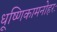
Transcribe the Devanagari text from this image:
धूष्णिकामनोहरः